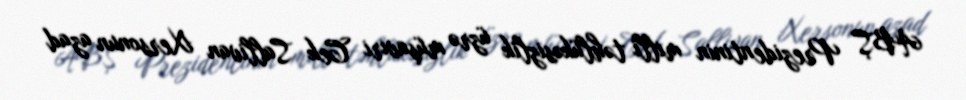
ABŞ Prezidentinin milli təhlükəsizlik üzrə müşaviri Cek Sallivan Xersonun azad